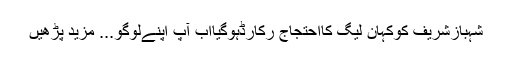
شہبازشریف کوکہان لیگ کااحتجاج رکارڈہوگیااب آپ اپنےلوگو... مزید پڑھیں